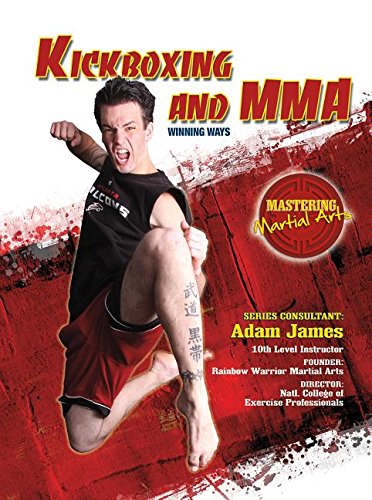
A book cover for Kickboxing and Mma: Winning Ways (Mastering Martial Arts); Nathan Johnson; Teen & Young Adult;